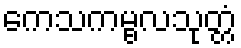
ကေသကမ္ဗလသုတ္တံ